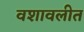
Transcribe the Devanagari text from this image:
वशावलीत